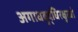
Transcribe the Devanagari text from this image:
अगाधबुद्धिरक्षुब्धो